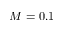
M = 0 . 1